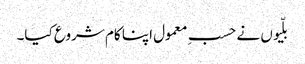
بلّیوں نے حسبِ معمول اپنا کام شروع کیا۔